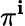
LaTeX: \pi^{\mathbf{i}}